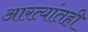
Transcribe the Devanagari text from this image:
आरत्यांतही